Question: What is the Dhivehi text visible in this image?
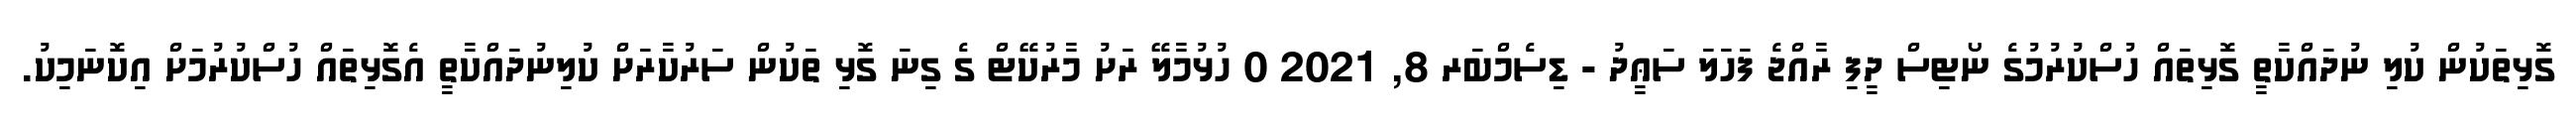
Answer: ގޮޅިތަކުން ކުލި ނުދައްކާތީ ގޮޅިތައް ހުސްކުރުމުގެ ނޯޓިސް ދީފި ރާއްޖެ ފަހަލަ ސަޢީދު - ޑިސެމްބަރ 8, 2021 0 ހުޅުމާލޭ ރަށު މާރުކޭޓް ގެ ގިނަ ގޮޅި ތަކުން ސަރުކާރަށް ކުލިނުދައްކާތީ އެގޮޅިތައް ހުސްކުރުމަށް އިކޮނަމިކު.